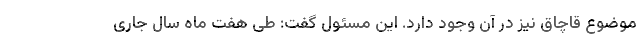
موضوع قاچاق نیز در آن وجود دارد. این مسئول گفت: طی هفت ماه سال جاری